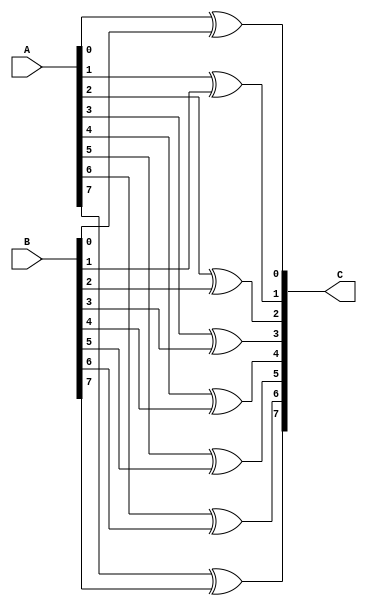
`timescale 1ns / 1ps
//////////////////////////////////////////////////////////////////////////////////
// Company: 
// Engineer: 
// 
// Design Name: 
// Module Name:    xor8bit 
// Project Name: 
// Target Devices: 
// Tool versions: 
// Description: 
//
// Dependencies: 
//
// Revision: 
// Revision 0.01 - File Created
// Additional Comments: 
//
//////////////////////////////////////////////////////////////////////////////////
module xor8bit(input wire [7:0] A, input wire [7:0] B, output wire [7:0] C);
assign C[0] = A[0] ^ B[0];
assign C[1] = A[1] ^ B[1];
assign C[2] = A[2] ^ B[2];
assign C[3] = A[3] ^ B[3];
assign C[4] = A[4] ^ B[4];
assign C[5] = A[5] ^ B[5];
assign C[6] = A[6] ^ B[6];
assign C[7] = A[7] ^ B[7];
endmodule